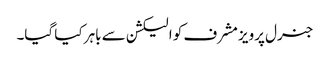
جنرل پرویز مشرف کو الیکشن سے باہر کیا گیا۔